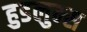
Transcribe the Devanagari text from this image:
हुडलुम्स